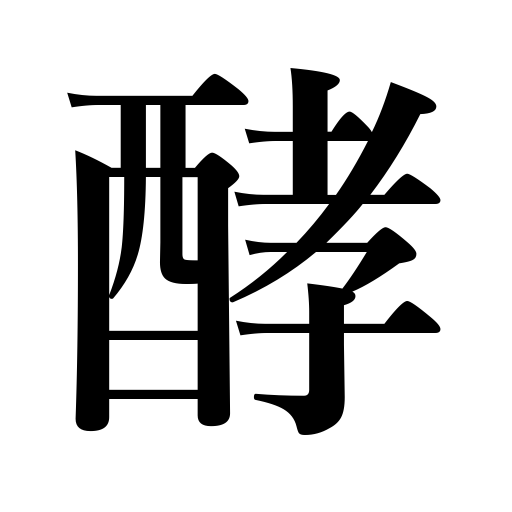
Meanings: fermentation